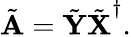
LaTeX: \tilde{\textbf{A}}=\tilde{\textbf{Y}}\tilde{\textbf{X}}^{\dagger}.